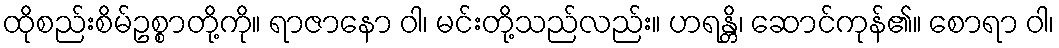
ထိုစည်းစိမ်ဥစ္စာတို့ကို။ ရာဇာနော ဝါ၊ မင်းတို့သည်လည်း။ ဟရန္တိ၊ ဆောင်ကုန်၏။ စောရာ ဝါ၊